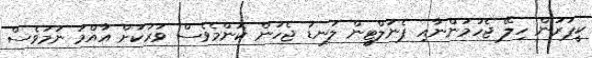
ކީޕަރުން ހިލޭ ޖެހުމުންނާއި ޕެނަލްޓީން ލަނޑު ޖެހުން ކޮންމެވެސް ވަރަކަށް އާއްމު ނަމަވެސް